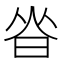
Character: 𰖃